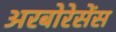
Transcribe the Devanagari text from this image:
अरबोरेसेंस